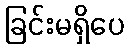
ခြင်းမရှိပေ